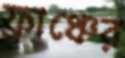
ফ্রাঞ্চের